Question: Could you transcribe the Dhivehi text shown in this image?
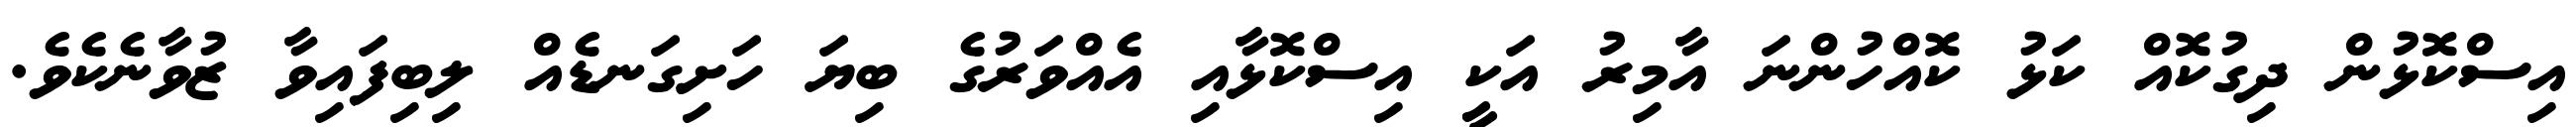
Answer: އިސްކޮޅުން ދިގުކޮއް ކަޅު ކޮއްހުންނަ އާމިރު އަކީ އިސްކޮޅާއި އެއްވަރުގެ ބިޔަ ހަށިގަނޑެއް ލިބިފައިވާ ޒުވާނެކެވެ.